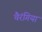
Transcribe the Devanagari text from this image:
चैरंगिया